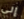
إلى